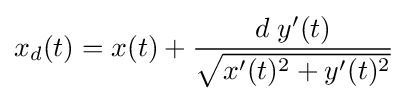
x_{d}(t)=x(t)+{\frac {d\;y'(t)}{\sqrt {x'(t)^{2}+y'(t)^{2}}}}